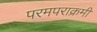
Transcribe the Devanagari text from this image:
परमपराक्रमी